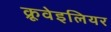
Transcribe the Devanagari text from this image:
क्रूवेइलियर